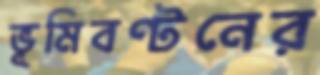
ভূমিবণ্টনের